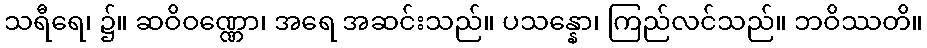
သရီရေ၊ ၌။ ဆဝိဝဏ္ဏော၊ အရေ အဆင်းသည်။ ပသန္နော၊ ကြည်လင်သည်။ ဘဝိဿတိ။